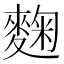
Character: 麴